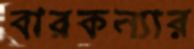
বারকন্যার